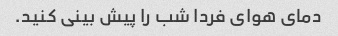
دمای هوای فردا شب را پیش بینی کنید.